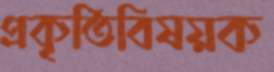
প্রকৃতিবিষয়ক